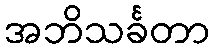
အဘိသင်္ခတာ